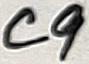
Text: C9